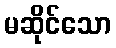
မဆိုင်သော